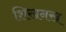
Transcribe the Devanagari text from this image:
शिखनख